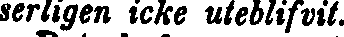
serligen icke uteblifvit.